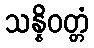
သန္နိဝတ္တံ